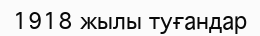
1918 жылы туғандар